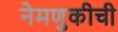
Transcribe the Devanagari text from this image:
नेमणुकीची